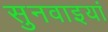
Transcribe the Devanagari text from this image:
सुनवाइयां